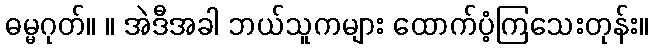
ဓမ္မဂုတ်။ ။ အဲဒီအခါ ဘယ်သူကများ ထောက်ပံ့ကြသေးတုန်း။